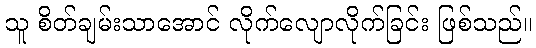
သူ စိတ်ချမ်းသာအောင် လိုက်လျောလိုက်ခြင်း ဖြစ်သည်။